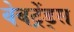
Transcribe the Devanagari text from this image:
वेबट्रेंड्स